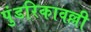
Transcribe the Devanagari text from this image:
पुंडरिकावल्ली